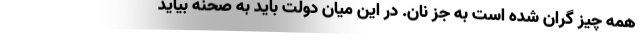
همه چیز گران شده است به جز نان. در این میان دولت باید به صحنه بیاید